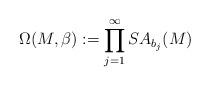
LaTeX: \begin{align*}\Omega(M,\beta):=\prod^\infty_{j=1}SA_{b_j}(M)\end{align*}